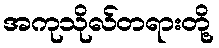
အကုသိုလ်တရားတို့